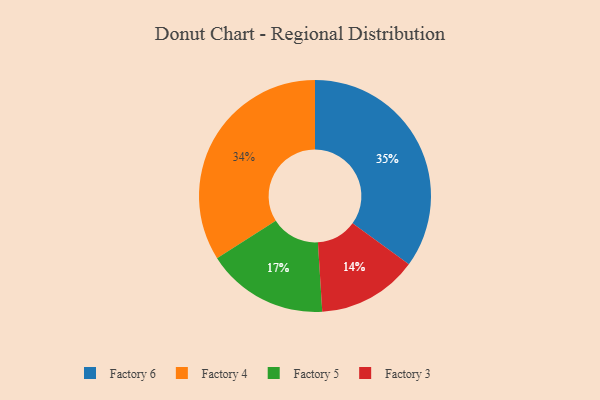
{"axis": {"x": "Category", "y": "Percentage"}, "legend": ["Factory 3", "Factory 4", "Factory 5", "Factory 6"], "data": [{"x": "Factory 3", "y": 14, "type": "Factory 3"}, {"x": "Factory 5", "y": 17, "type": "Factory 5"}, {"x": "Factory 4", "y": 34, "type": "Factory 4"}, {"x": "Factory 6", "y": 35, "type": "Factory 6"}]}